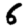
Digit: 6